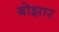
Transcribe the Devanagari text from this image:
बोझार